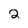
Character: 2